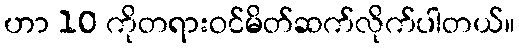
ဟာ 10 ကိုတရားဝင်မိတ်ဆက်လိုက်ပါတယ်။